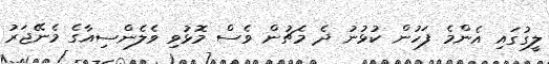
ލީގުގައި އެންމެ ފަހުން ކުޅުނު ދެ މެޗުން ވެސް މޮޅުވި ވެލެންސިއާގެ މެނޭޖަރު